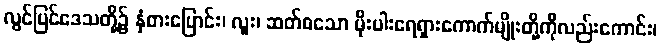
လွင်ပြင်ဒေသတို့၌ နှံစားပြောင်း၊ လူး၊ ဆတ်စသော မိုးပါးရေရှားကောက်မျိုးတို့ကိုလည်းကောင်း၊